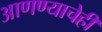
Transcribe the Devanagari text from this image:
आणण्याचेही